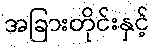
အခြားတိုင်းနှင့်